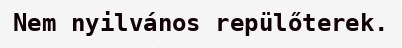
Nem nyilvános repülőterek.